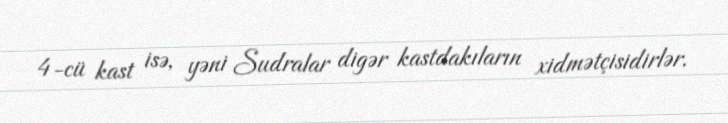
4-cü kast isə, yəni Sudralar digər kastdakıların xidmətçisidirlər.